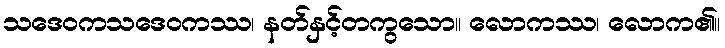
သဒေဝကသဒေဝကဿ၊ နတ်နှင့်တကွသော။ လောကဿ၊ လောက၏။